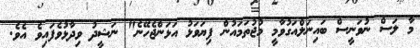
މާ ލަސް ނުވަނީސް ބައިނަލްއަގުވާމީ މުޖުތަމައުން ފިޔަވަޅު އަޅަންޖެހޭނެ" ނަޝީދު ވިދާޅުވެފައިވެ އެވެ.